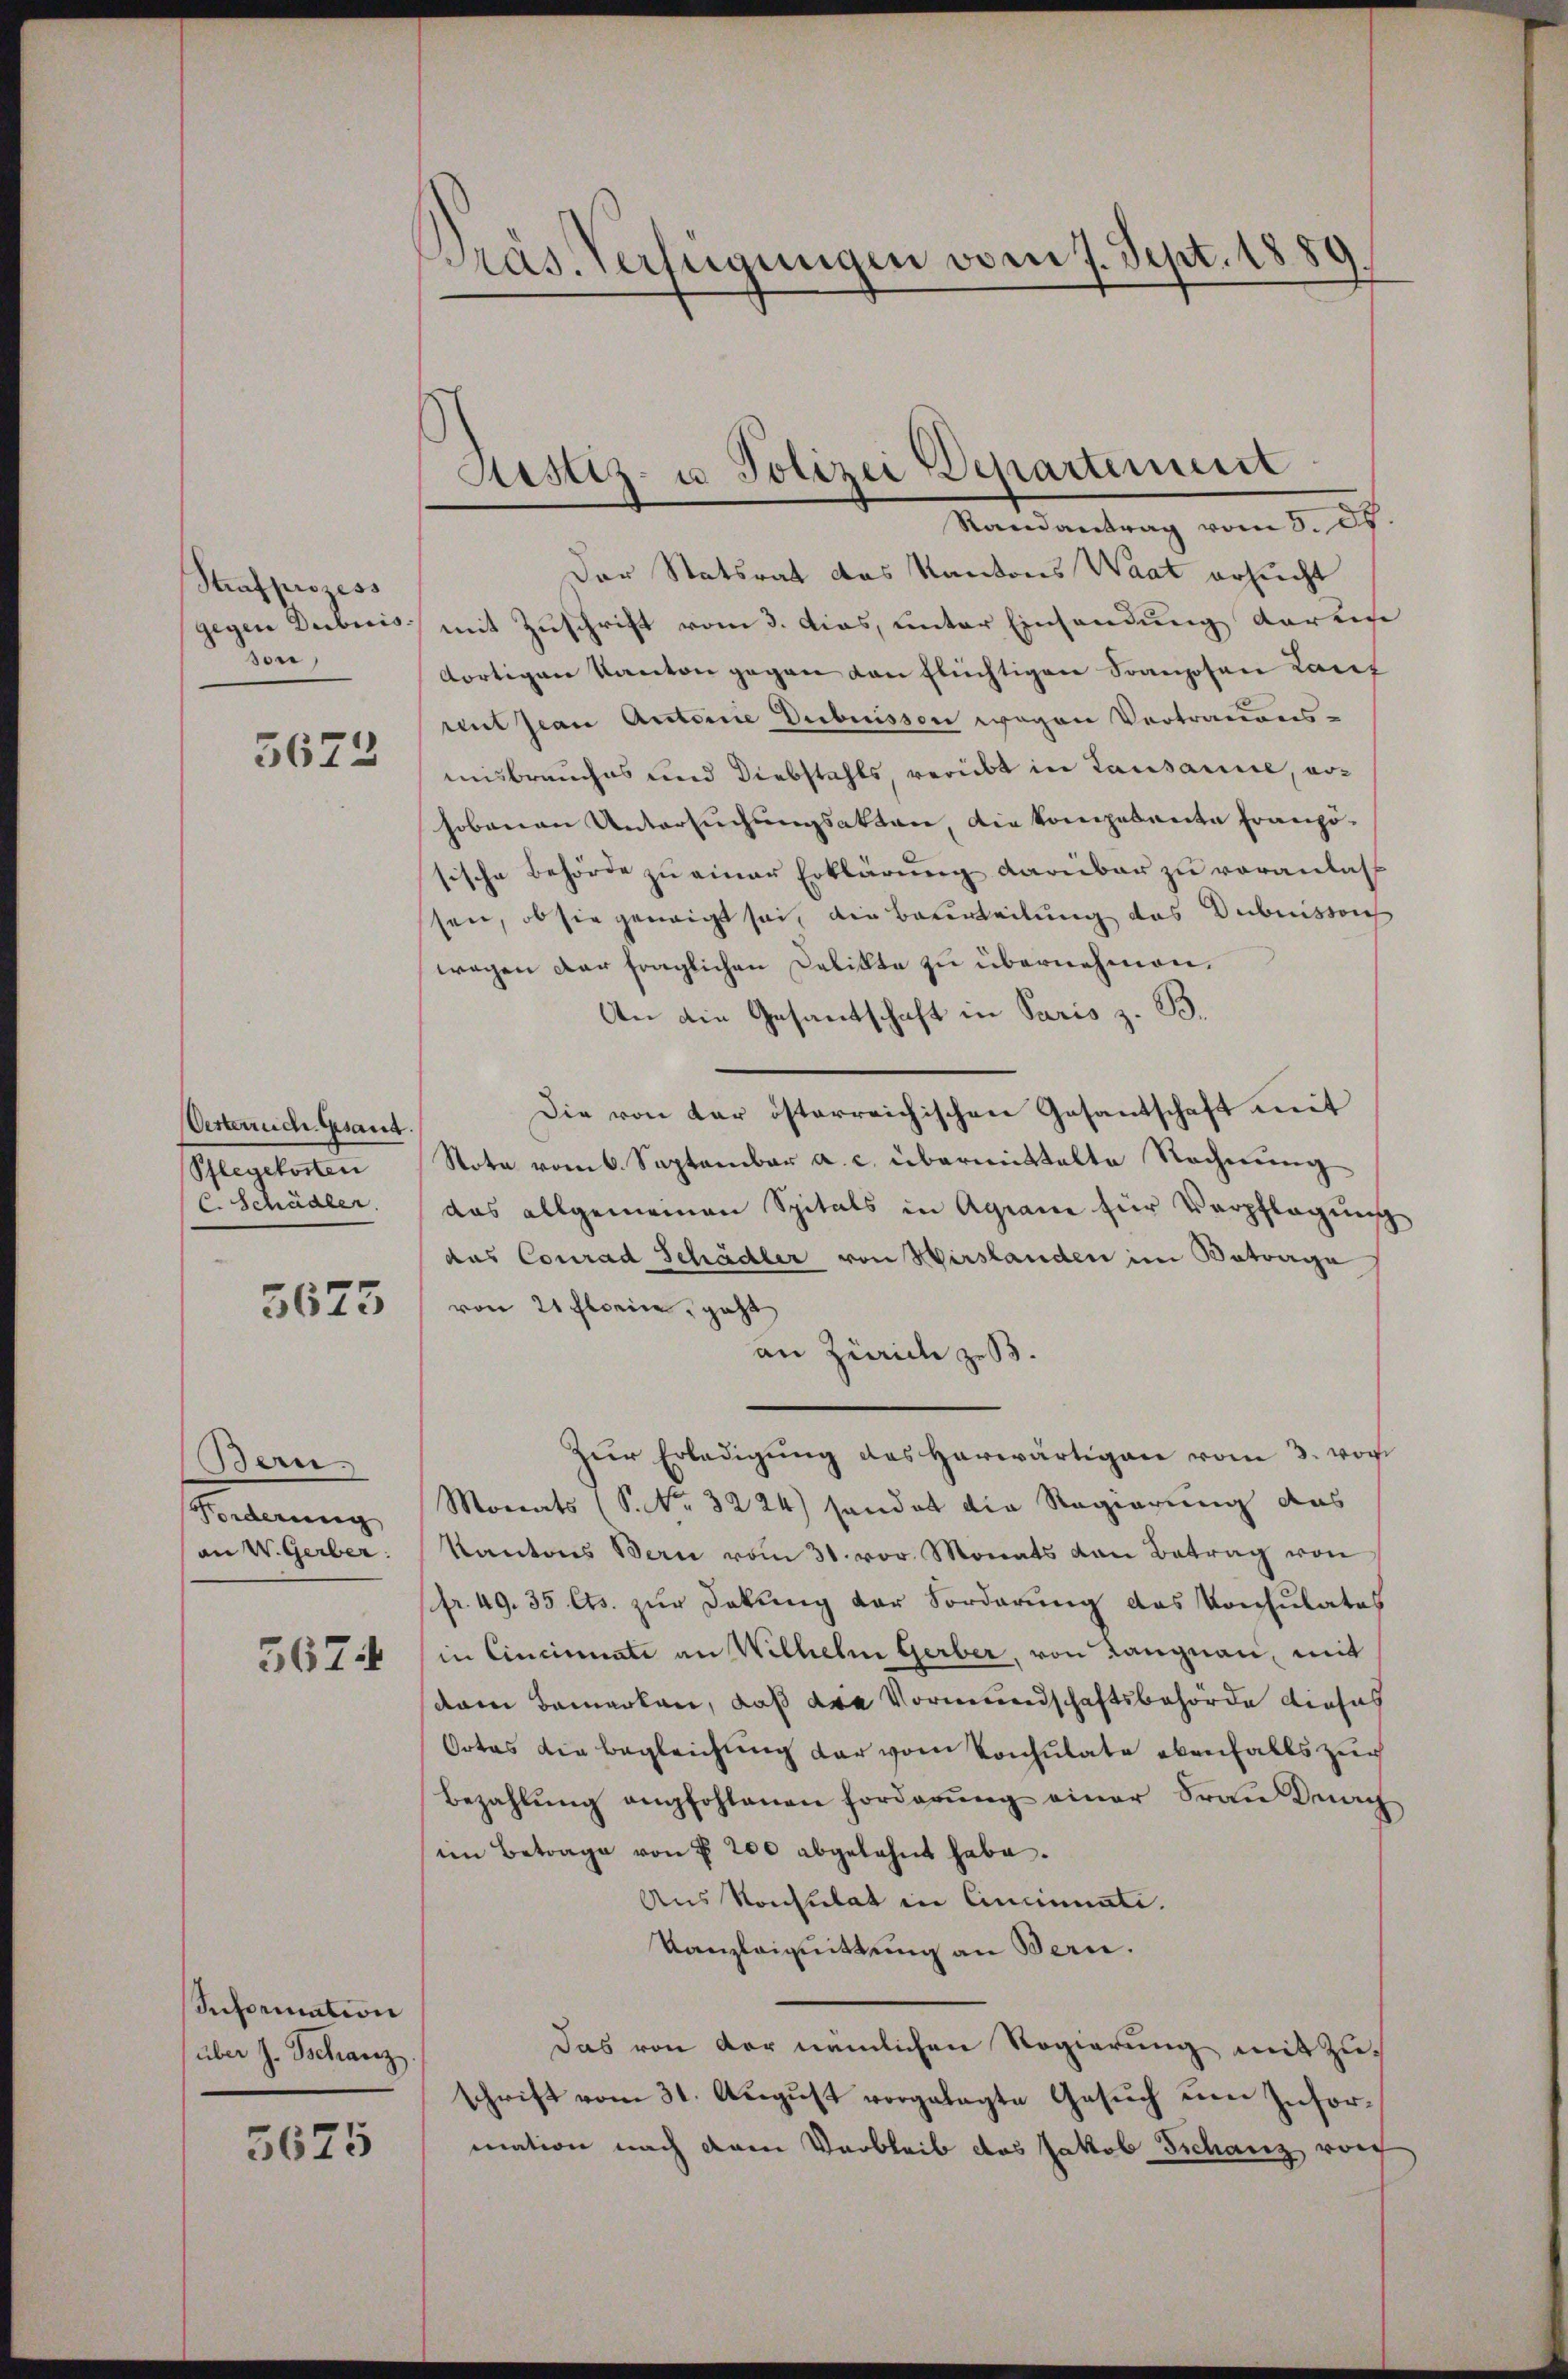
Strafprozess
gegen Dubicis.
sore

5672

Oesterrich Gesant.
Pflegekosten
C. Schädler.

3673

Bern.
Forderung
an W. Gerber

5674

Information
über J. Tschanz.

5675

Präs. Verfügungen vom 7. Sept. 1880

Sistiz- u. Polizei Departement
Randantrag vom 5. ds.

Der Statsrat das Kantons Waat ersucht
mit Zuschrift vom 3. dies, unter Einsendung daru
dortigen Kanton gegen von flüchtigen Franzosen Kant
rent Jean Antoine Debuisson wegen Vertrauens-
misbrauches und Diebstahls, verübt in Lausanne, erhobenen Untersuchungsakten, die kompetente Französische Behörde zu einer Erklärung darüber zu veranlass
sen, ob sie geneigt sei, die Beurteilung das Dubuissach
wegen der fraglichen Delikte zu übernehmen.
An die Gesantschaft in Paris z. B.
Die von der österreichischen Gesantschaft mit
Note vom 6. September a. c. übermittelte Rechnŭng
das allgemeinen Spitals in Agiani für Verpflegung
das Conrad Schädler von Wirslanden im Betrage
von 21 Florie, geht
an Zürich zu.
Zur Erledigung des herwärtigen vom 3. von
Monats (S. Nr. 3224) sandat die Regierung das
Kantons Bern vom 31. vor Monats von Betrag von
fr. 49. 35 Cts. zur Dokung der Forderung des Konsulates
in Cincinate an Wilhelm Gerber, von Langnau, mit
dam bemerken, daß die Vormundschaftsbehörde diesel
Cotas die begleichung der von Konsulate ebenfalls zur
bezahlŭng empfohlenen Forderung einer Frau Drech
im Betrage von § 200 abgelehnt habe.
Aus Konsulat in Cincinati.
Kanzleiguittung an Bern.
Das von der nämlichen Regierung mit Zuschrift vom 31. August vorgelegte Gesuch um Information nach dem Verbleib das Jakob Tschanz vor